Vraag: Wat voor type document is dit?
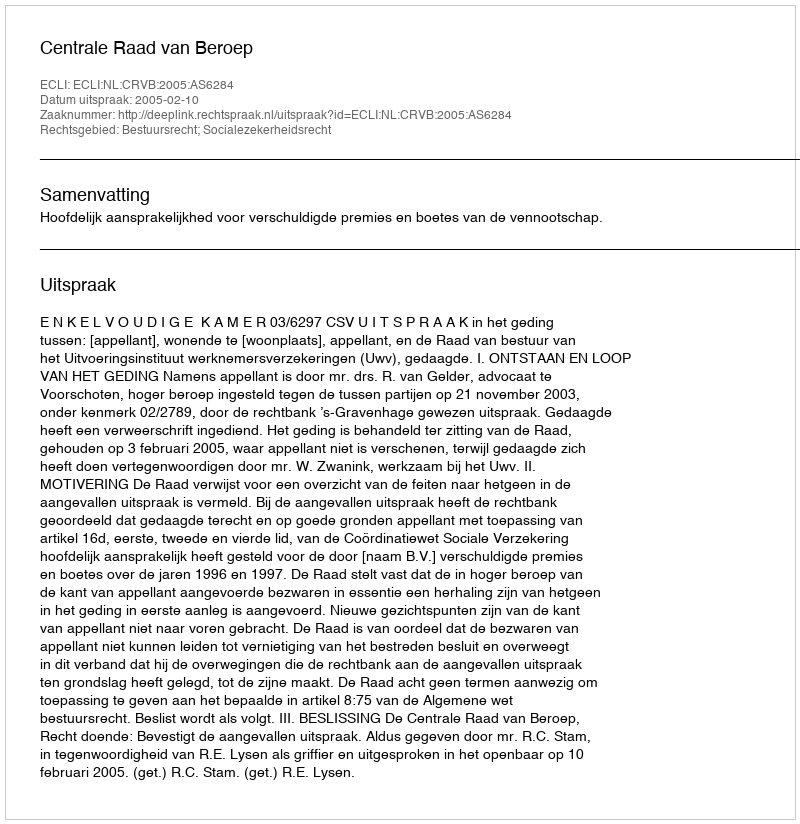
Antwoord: Uitspraak